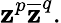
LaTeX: \mathbf{z}^{p}{\overline{{{\mathbf{z}}}}}^{q}.